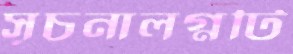
সূচনালগ্নটি